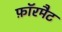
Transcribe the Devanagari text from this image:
फ़ॉरमैट